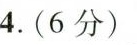
4.(6分)